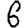
Digit: 6